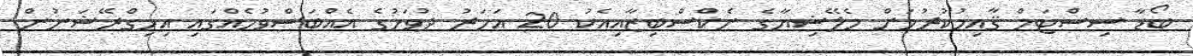
ބޯޑާ ސިސްޓަމް ޤާއިމުކުރުމަށް މެލޭޝިޔާގެ ނެކްސްބިޒާއިއެކު 20 އަހަރު ދުވަހުގެ އެއްބަސްވުމެއްގައި އިމިގްރޭޝަނުން